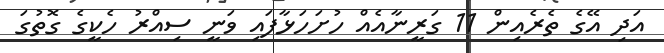
އަދި އޭގެ ތެރެއިން 11 ގަރީނާއެއް ހުށަހަޅާފައި ވަނީ ސިއްރު ހެކީގެ ގޮތުގަ